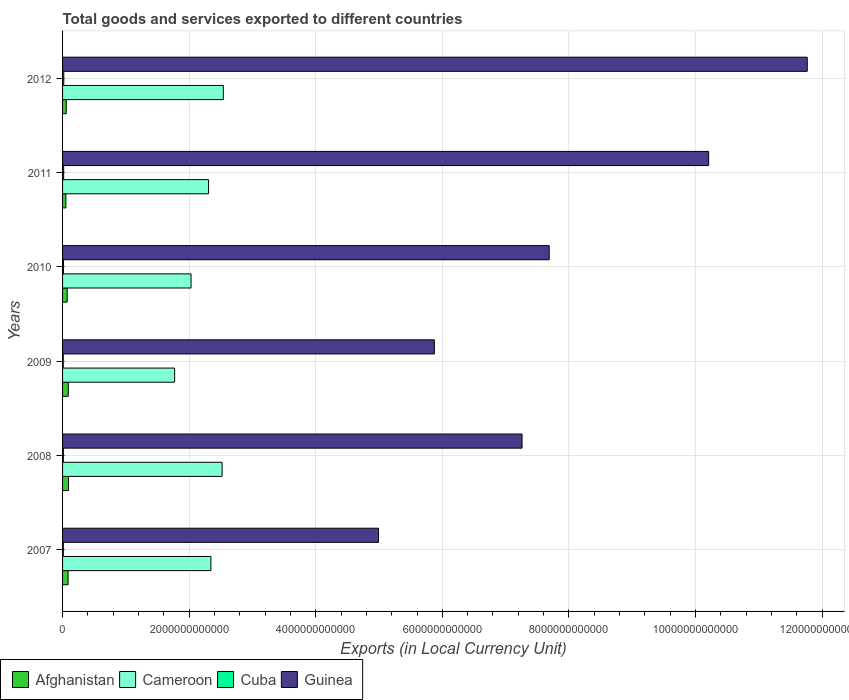
| Years | Afghanistan | Cameroon | Cuba | Guinea |
 | --- | --- | --- | --- | --- |
 | 2007 | 8.74e+10 | 2.34e+12 | 1.19e+10 | 4.99e+12 |
 | 2008 | 9.34e+10 | 2.52e+12 | 1.25e+10 | 7.26e+12 |
 | 2009 | 9.05e+10 | 1.77e+12 | 1.08e+10 | 5.87e+12 |
 | 2010 | 7.32e+10 | 2.03e+12 | 1.45e+10 | 7.69e+12 |
 | 2011 | 5.23e+10 | 2.31e+12 | 1.73e+10 | 1.02e+13 |
 | 2012 | 5.86e+10 | 2.54e+12 | 1.87e+10 | 1.18e+13 |